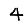
Digit: 4